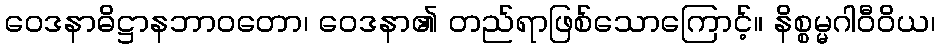
ဝေဒနာဓိဋ္ဌာနဘာဝတော၊ ဝေဒနာ၏ တည်ရာဖြစ်သောကြောင့်။ နိစ္စမ္မဂါဝီဝိယ၊